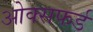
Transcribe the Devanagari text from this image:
ओक्सफर्ड